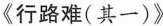
《行路难(其一)》